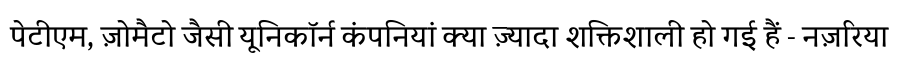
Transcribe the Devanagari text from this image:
पेटीएम, ज़ोमैटो जैसी यूनिकॉर्न कंपनियां क्या ज़्यादा शक्तिशाली हो गई हैं - नज़रिया